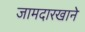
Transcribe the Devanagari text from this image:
जामदारखाने